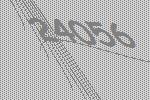
24056